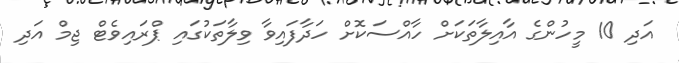
އަދި 10 މީހުންގެ އާއިލާތަކަށް ހާއްސަކޮށް ހަދާފައިވާ ވިލާތަކުގައި ޕްރައިވެޓް ޖިމް އަދި